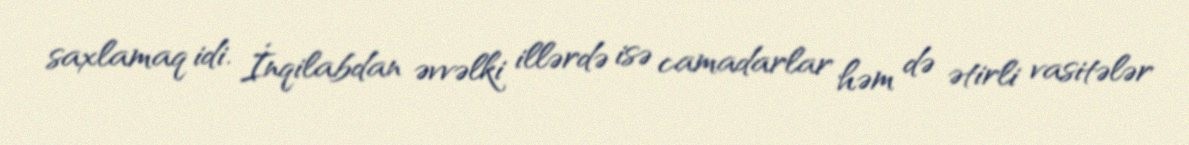
saxlamaq idi. İnqilabdan əvvəlki illərdə isə camadarlar həm də ətirli vasitələr